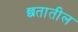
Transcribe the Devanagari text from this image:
छतातील